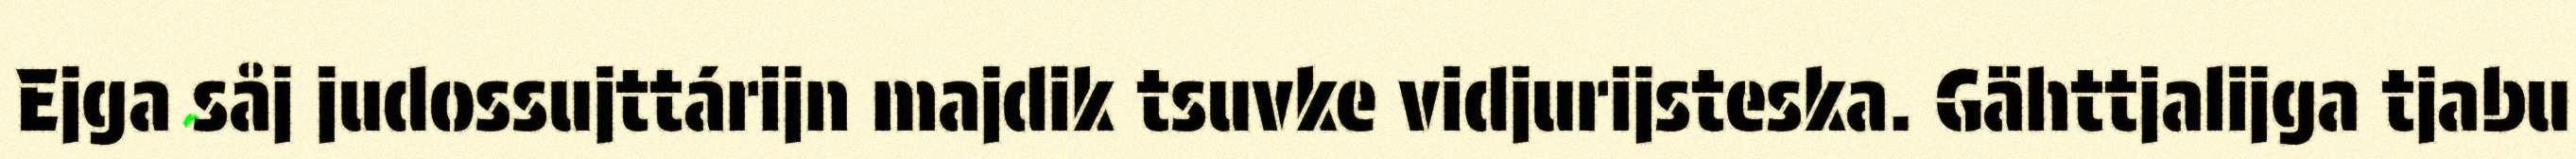
Ejga såj judossujttárijn majdik tsuvke vidjurijsteska. Gähttjalijga tjabu